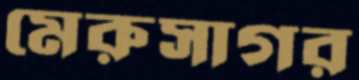
মেরুসাগর